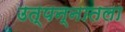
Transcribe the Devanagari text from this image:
उत्पन्नातला